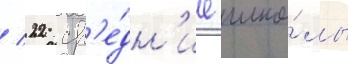
/ 22 ср'е́дн'ие шко́лы